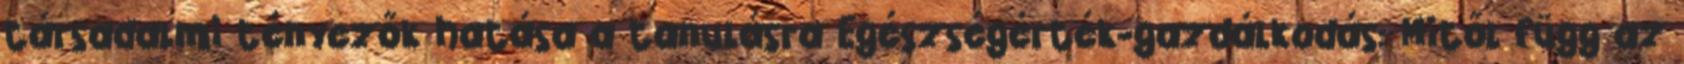
társadalmi tényezők hatása a tanulásra Egészségérték-gazdálkodás: Mitől függ az